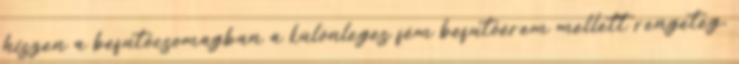
hiszen a befutócsomagban a különleges fém befutóérem mellett rengeteg,